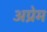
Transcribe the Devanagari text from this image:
अप्रेम